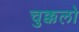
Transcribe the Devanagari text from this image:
चुक्कलो